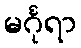
မင်္ဂုရာ